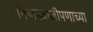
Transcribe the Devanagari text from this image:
निष्काळजीपणाच्या